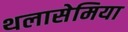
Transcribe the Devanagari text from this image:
थलासेमिया